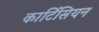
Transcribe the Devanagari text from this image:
कार्टिसियन